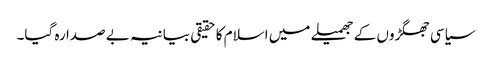
سیاسی جھگڑوں کے جھمیلے میں اسلام کا حقیقی بیانیہ بے صدا رہ گیا۔